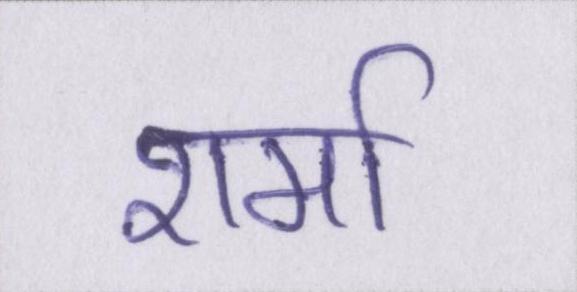
शर्मा